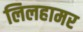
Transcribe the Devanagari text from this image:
लिलहामर